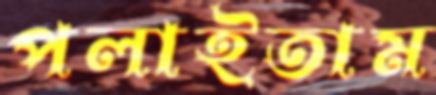
পলাইতাম